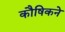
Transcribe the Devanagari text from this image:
कौषिकने